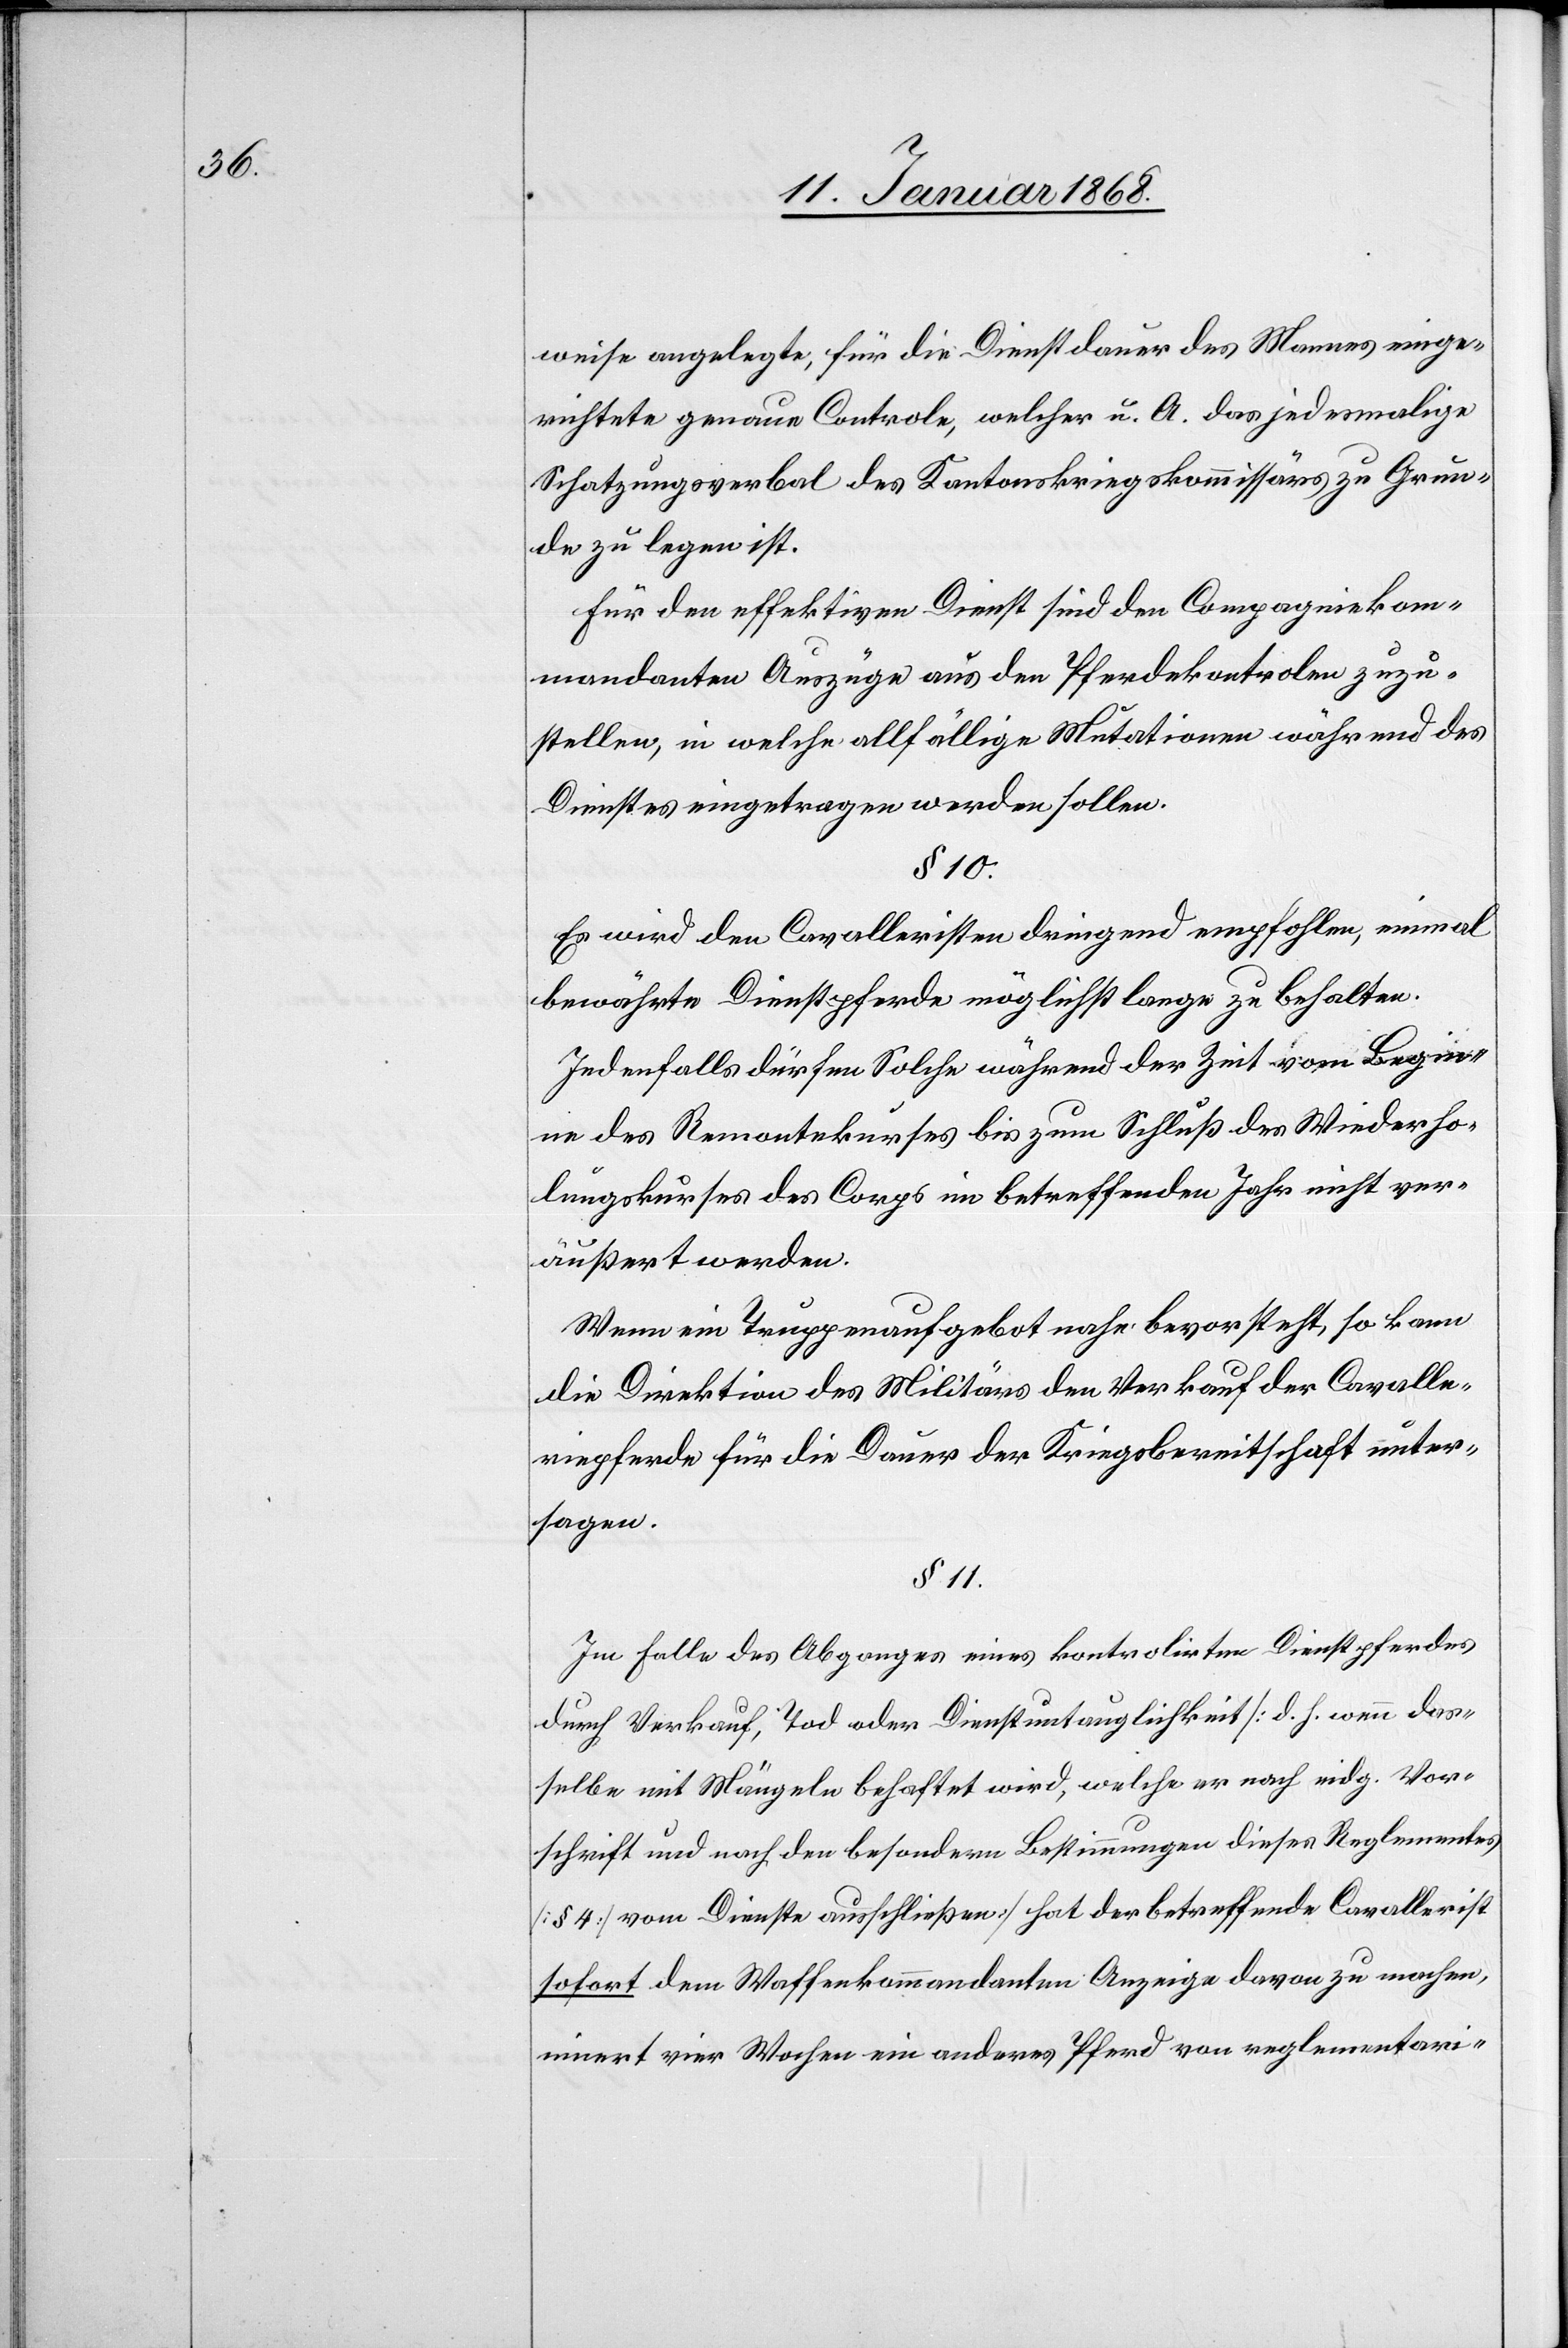
weise angelegte, für die Dienstdauer des Mannes einge¬
richtete genaue Controle, welcher u. A. das jedesmalige
Schatzungsverbal des Kantonskriegskommissärs zu Grun¬
de zu legen ist.
Für den effektiven Dienst sind den Compagniekom¬
mandanten Auszüge aus den Pferdekontrolen zuzu¬
stellen, in welche allfällige Mutationen während des
Dienstes eingetragen werden sollen.
§ 10.
Es wird den Cavalleristen dringend empfohlen, einmal
bewährte Dienstpferde möglichst lange zu behalten.
Jedenfalls dürfen Solche während der Zeit vom Begin¬
ne des Remontekurses bis zum Schluß des Wiederho¬
lungskurses des Corps im betreffenden Jahr nicht ver¬
äußert werden.
Wenn ein Truppenaufgebot nahe bevorsteht, so kann
die Direktion des Militärs den Verkauf der Cavalle¬
riepferde für die Dauer der Kriegsbereitschaft unter¬
sagen.
§ 11.
Im Falle des Abganges eines kontrolirten Dienstpferdes
durch Verkauf, Tod oder Dienstuntauglichkeit [d. h. wenn das¬
selbe mit Mängeln behaftet wird, welche er [recte: es] nach eidg. Vor¬
schrift und nach den besondern Bestimmungen dieses Reglementes
[§ 4] vom Dienste ausschließen] hat der betreffende Cavallerist
sofort dem Waffenkommandanten Anzeige davon zu machen,
innert vier Wochen ein anderes Pferd von reglementari-